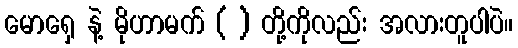
မောရှေ နဲ့ မိုဟာမက် ( ) တို့ကိုလည်း အလားတူပါပဲ။